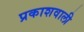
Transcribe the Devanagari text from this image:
प्रकाशवाली